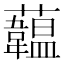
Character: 𧄧